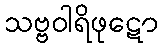
သဗ္ဗဝါရိဖုဋော